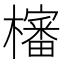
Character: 㰂